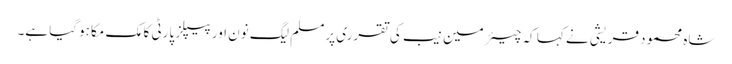
شاہ محمود قریشی نے کہا کہ چیئرمین نیب کی تقرری پرمسلم لیگ نون اور پیپلز پارٹی کا مک مکا ہوگیا ہے۔